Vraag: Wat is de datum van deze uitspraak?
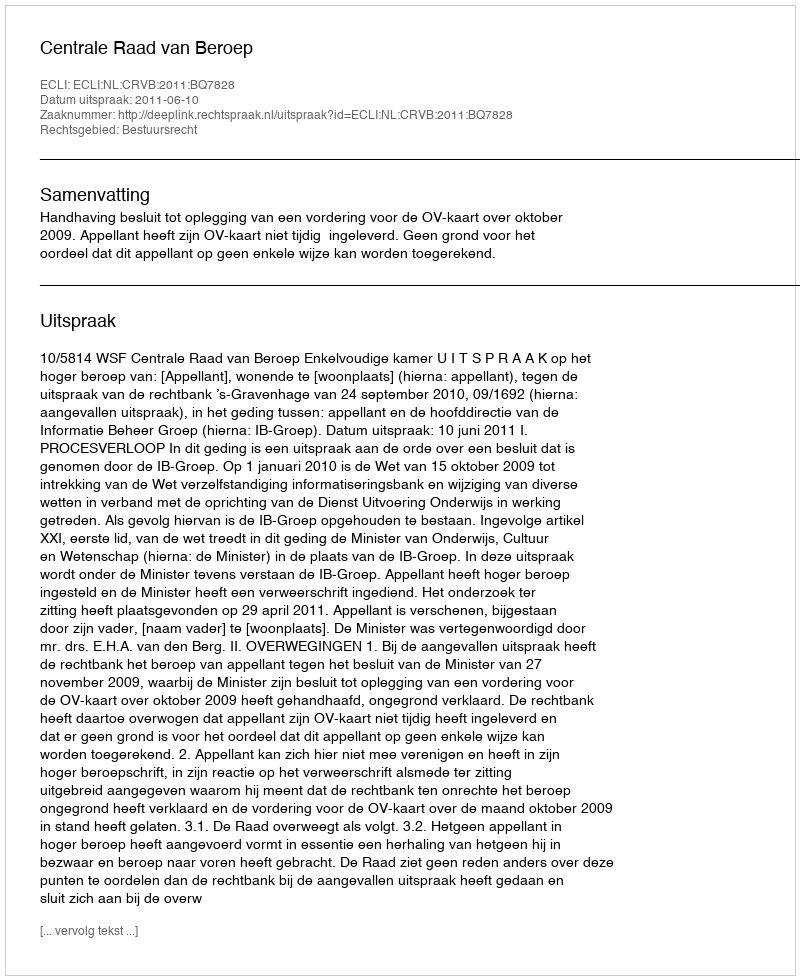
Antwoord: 2011-06-10